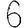
Digit: 6